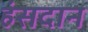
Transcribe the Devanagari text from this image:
हंसदान